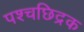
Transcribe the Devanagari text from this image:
पश्चछिद्रक